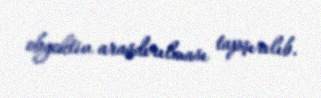
obyektiv araşdırılması tapşırılıb.